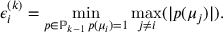
\epsilon _ { i } ^ { ( k ) } = \operatorname* { m i n } _ { \substack { p \in \mathbb { P } _ { k - 1 } \, p ( \mu _ { i } ) = 1 } } \operatorname* { m a x } _ { j \neq i } ( \vert p ( \mu _ { j } ) \vert ) .